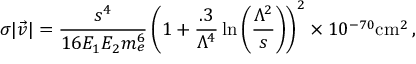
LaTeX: \sigma | \vec { v } | = \frac { s ^ { 4 } } { 1 6 E _ { 1 } E _ { 2 } m _ { e } ^ { 6 } } \left( 1 + \frac { . 3 } { \Lambda ^ { 4 } } \ln \left( \frac { \Lambda ^ { 2 } } { s } \right) \right) ^ { 2 } \times 1 0 ^ { - 7 0 } \mathrm { c m } ^ { 2 } \, ,